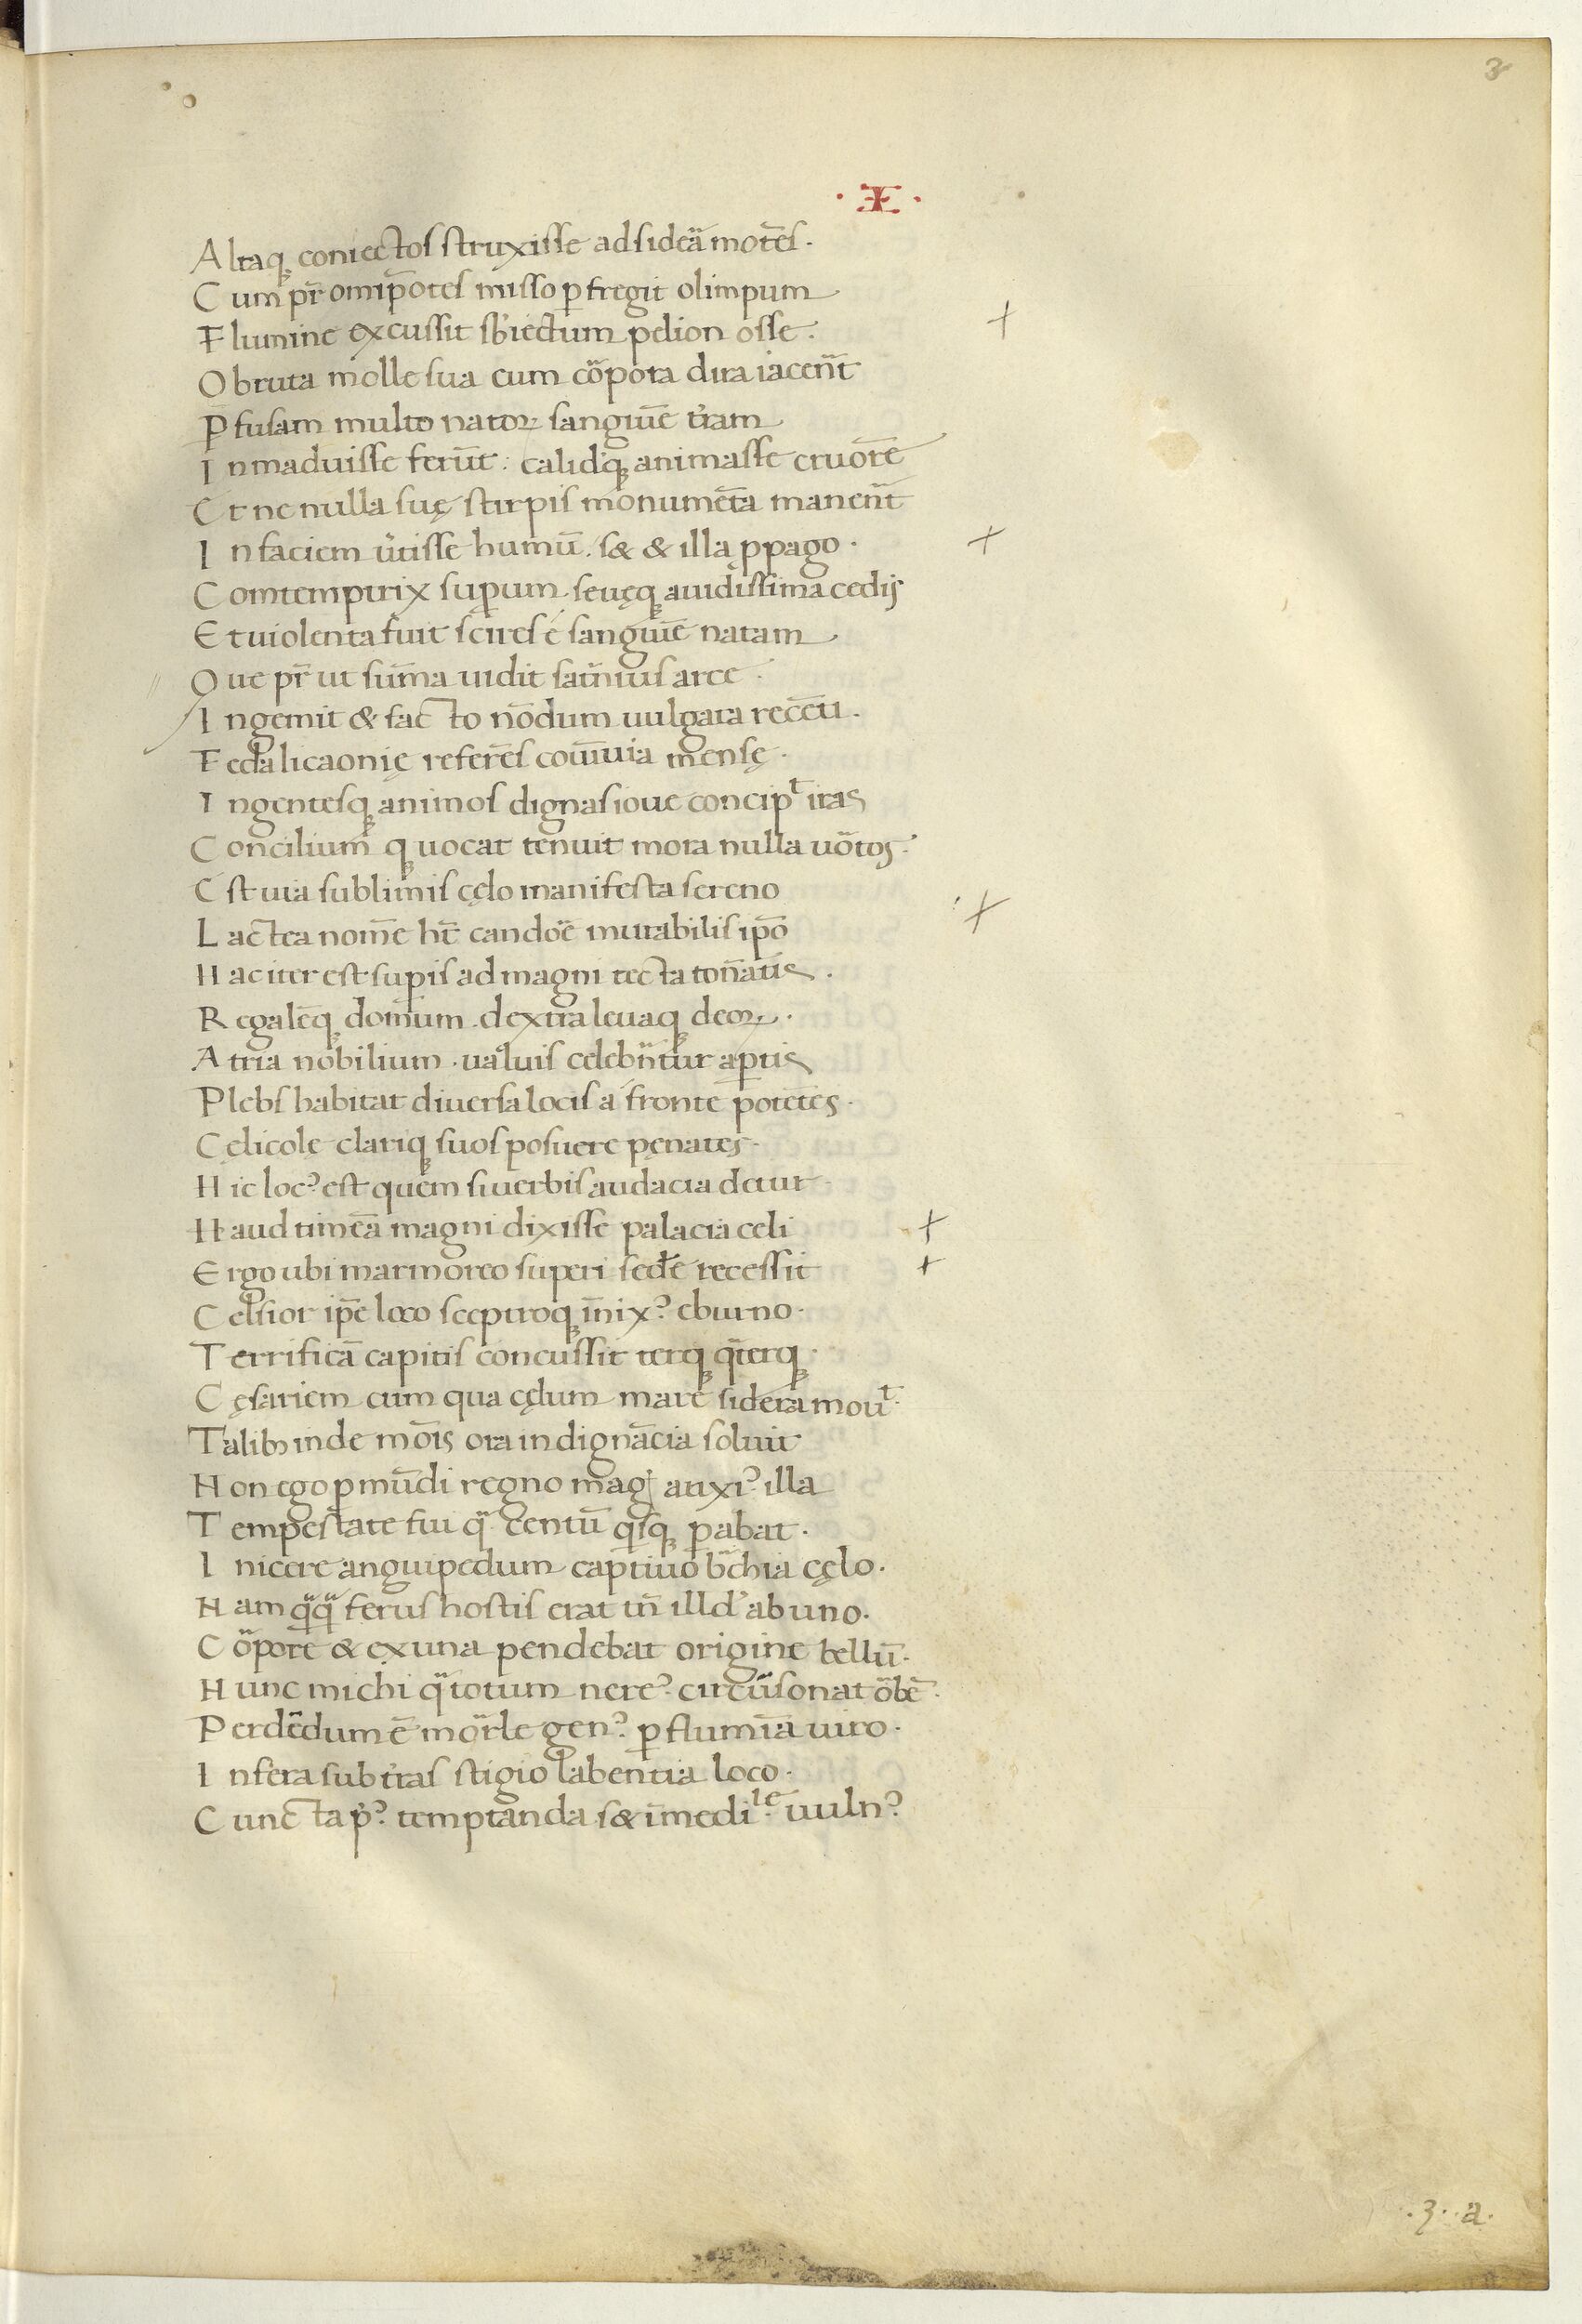
Shelfmark: Paris, BnF, Arsenal ms. 1046
Century: 15